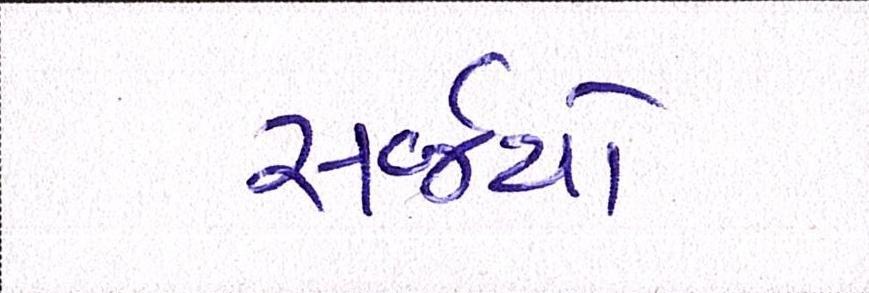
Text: સર્જયો